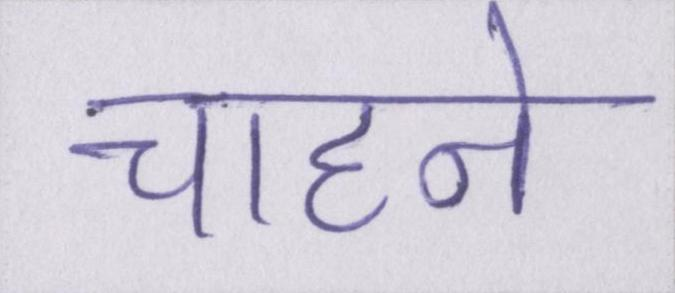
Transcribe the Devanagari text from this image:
चाहने